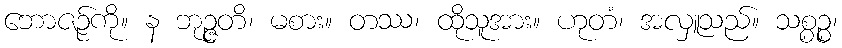
ဘောဇဉ်ကို။ န ဘုဉ္ဇတိ၊ မစား။ တဿ၊ ထိုသူအား။ ဟုတံ၊ အလှူသည်။ သစ္စဉ္စ၊